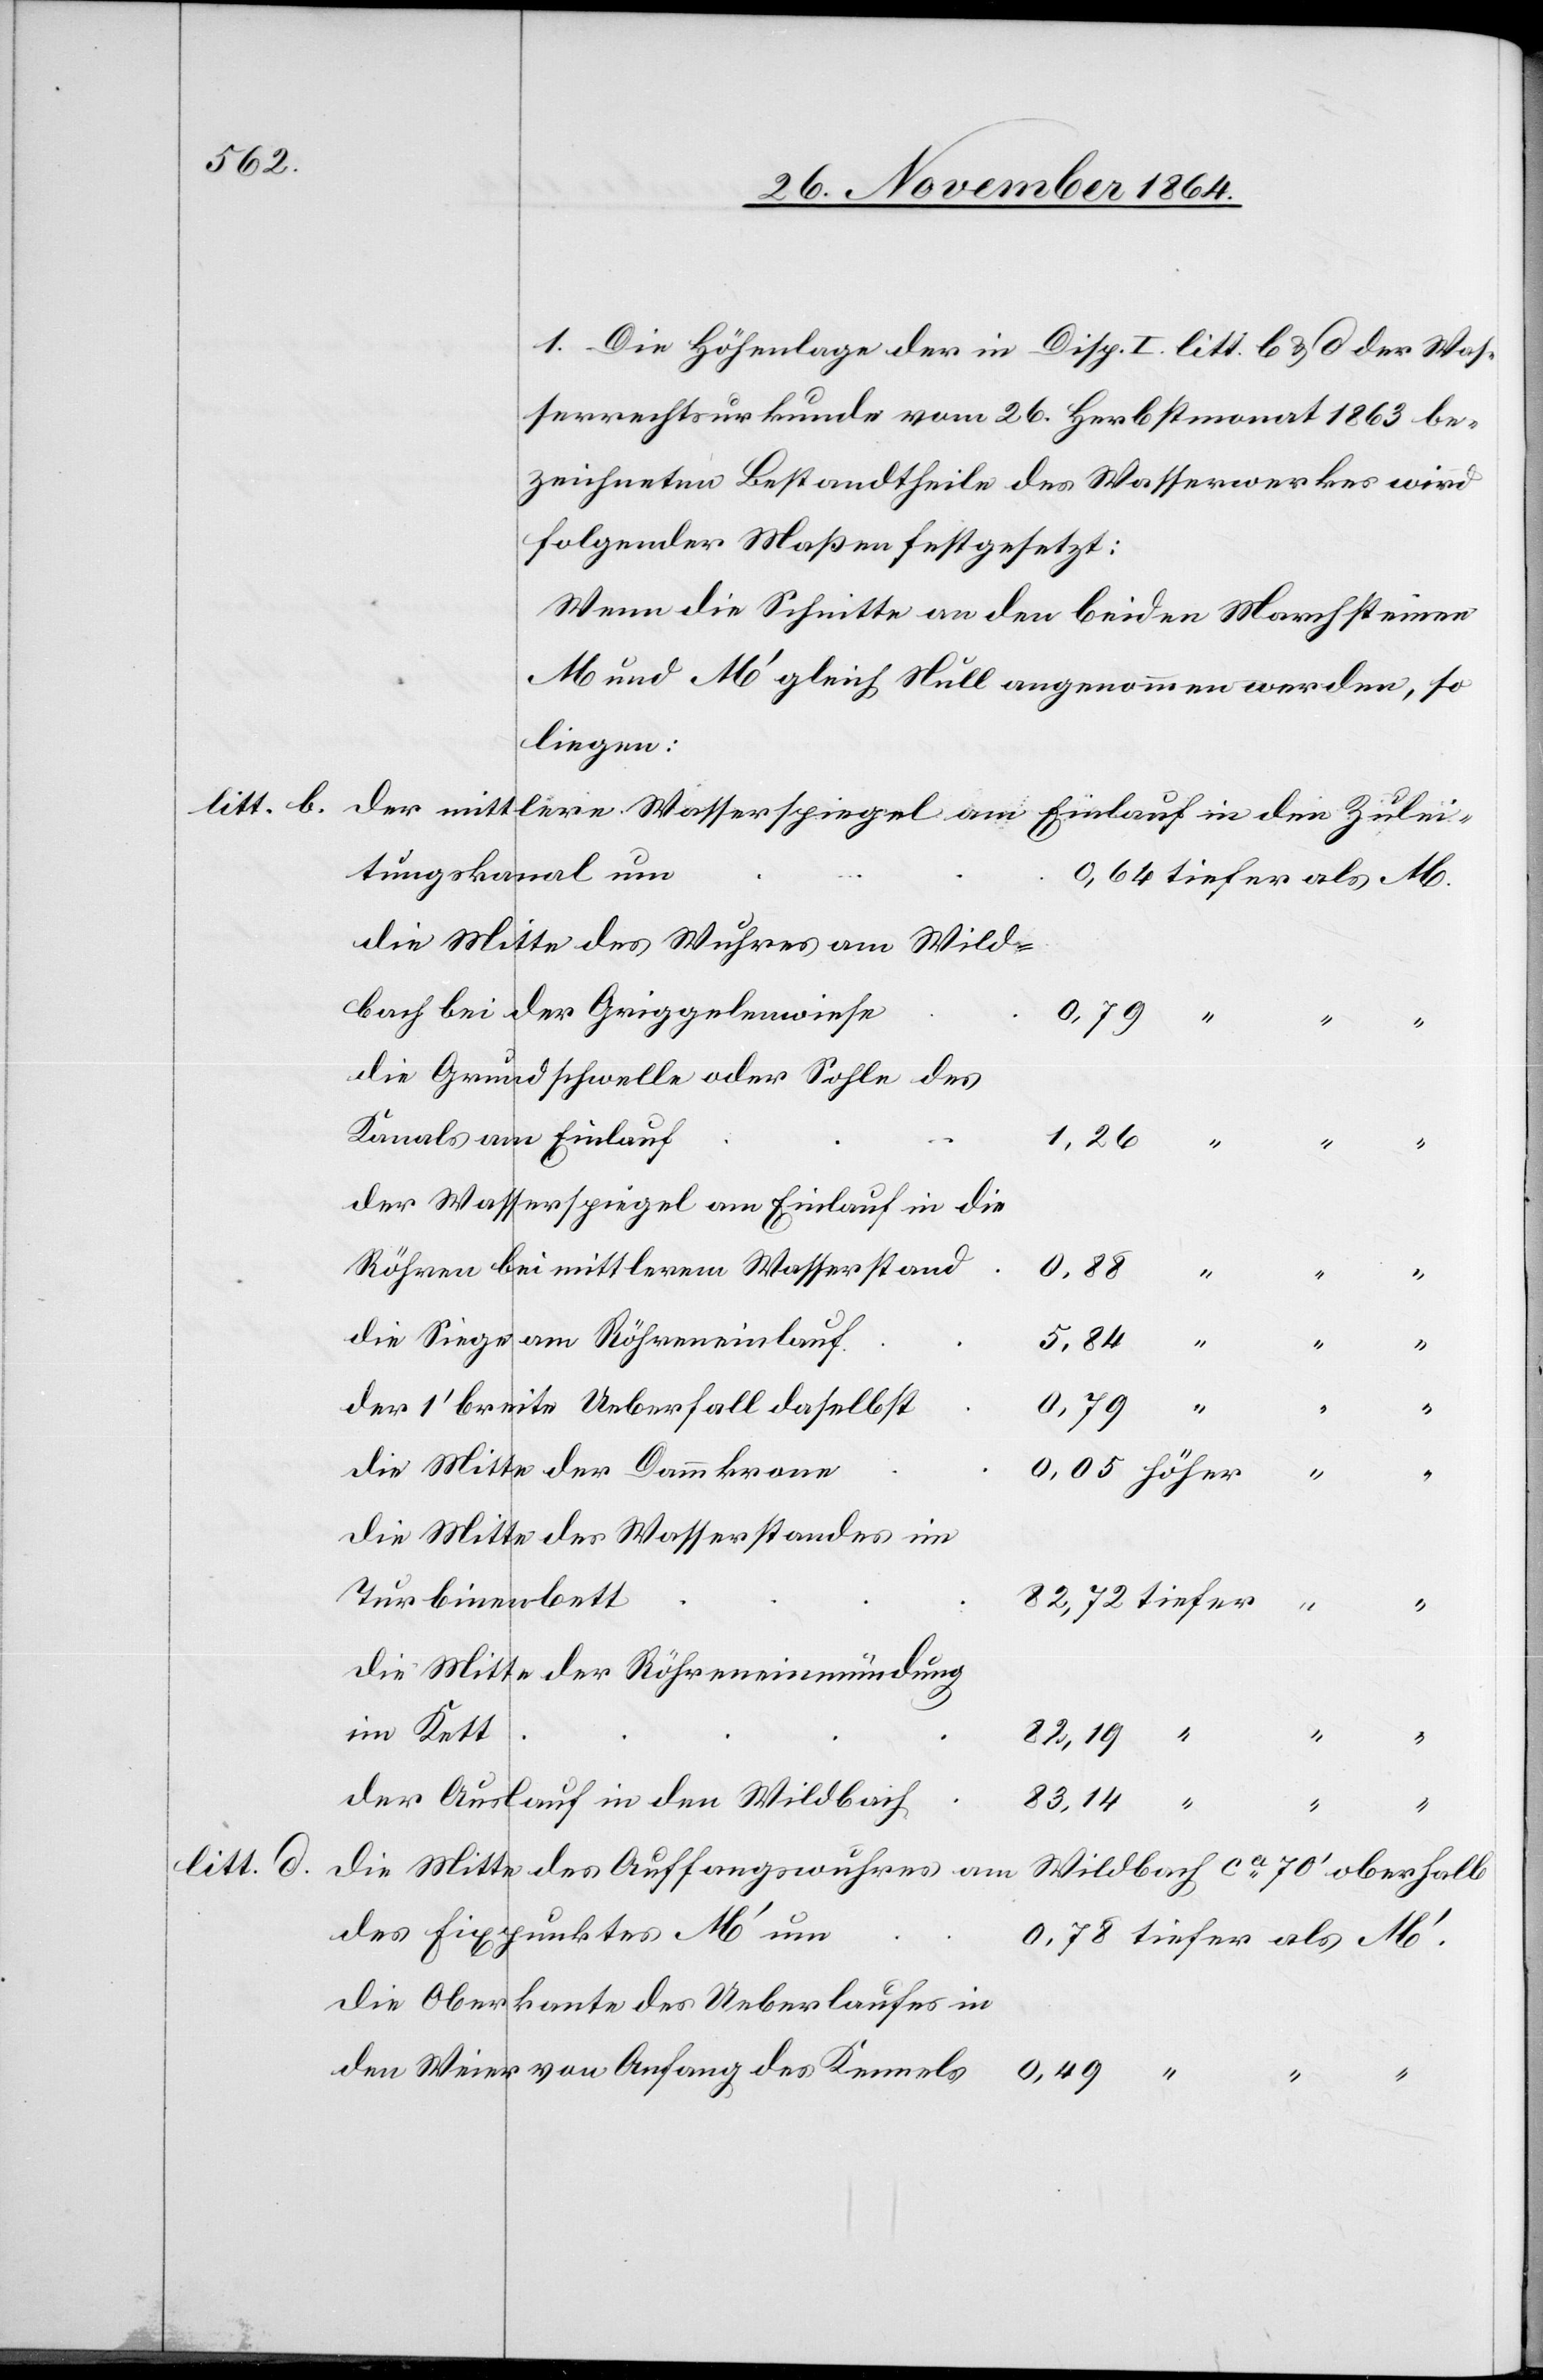
1. Die Höhenlage der in Disp. I. litt b & d der Was¬
serrechtsurkunde vom 26. Herbstmonat 1863 be¬
zeichneten Bestandtheile des Wasserwerkes wird
folgender Maßen festgesetzt:
Wenn die Schnitte an den beiden Marchsteinen
M und M’ gleich Null angenommen werden, so
liegen:
tungskanal um
die Mitte des Wuhres am Wild¬
bach bei der Grippelenwiese
die Grundschwelle oder Sohle des
Kanals am Einlauf
1,26
“
der Wasserspiegel am Einlauf in die
Röhren bei mittlerm Wasserstand
die Siege am Röhreneinlauf
der 1’ breite Ueberfall daselbst
die Mitte der Dammkrone
die Mitte des Wasserstandes im
Turbinenbett
die Mitte der Röhreneinmündung
im Kett
der Auslauf in den Wildbach
83,14
“
tiefer
litt. d.
die Mitte des Auffangswuhres am
Wildbach ca 70’ oberhalb
des Fixpunktes M’ um
die Oberkante des Ueberlaufes in
den Weier von Anfang des Kanals
0,49